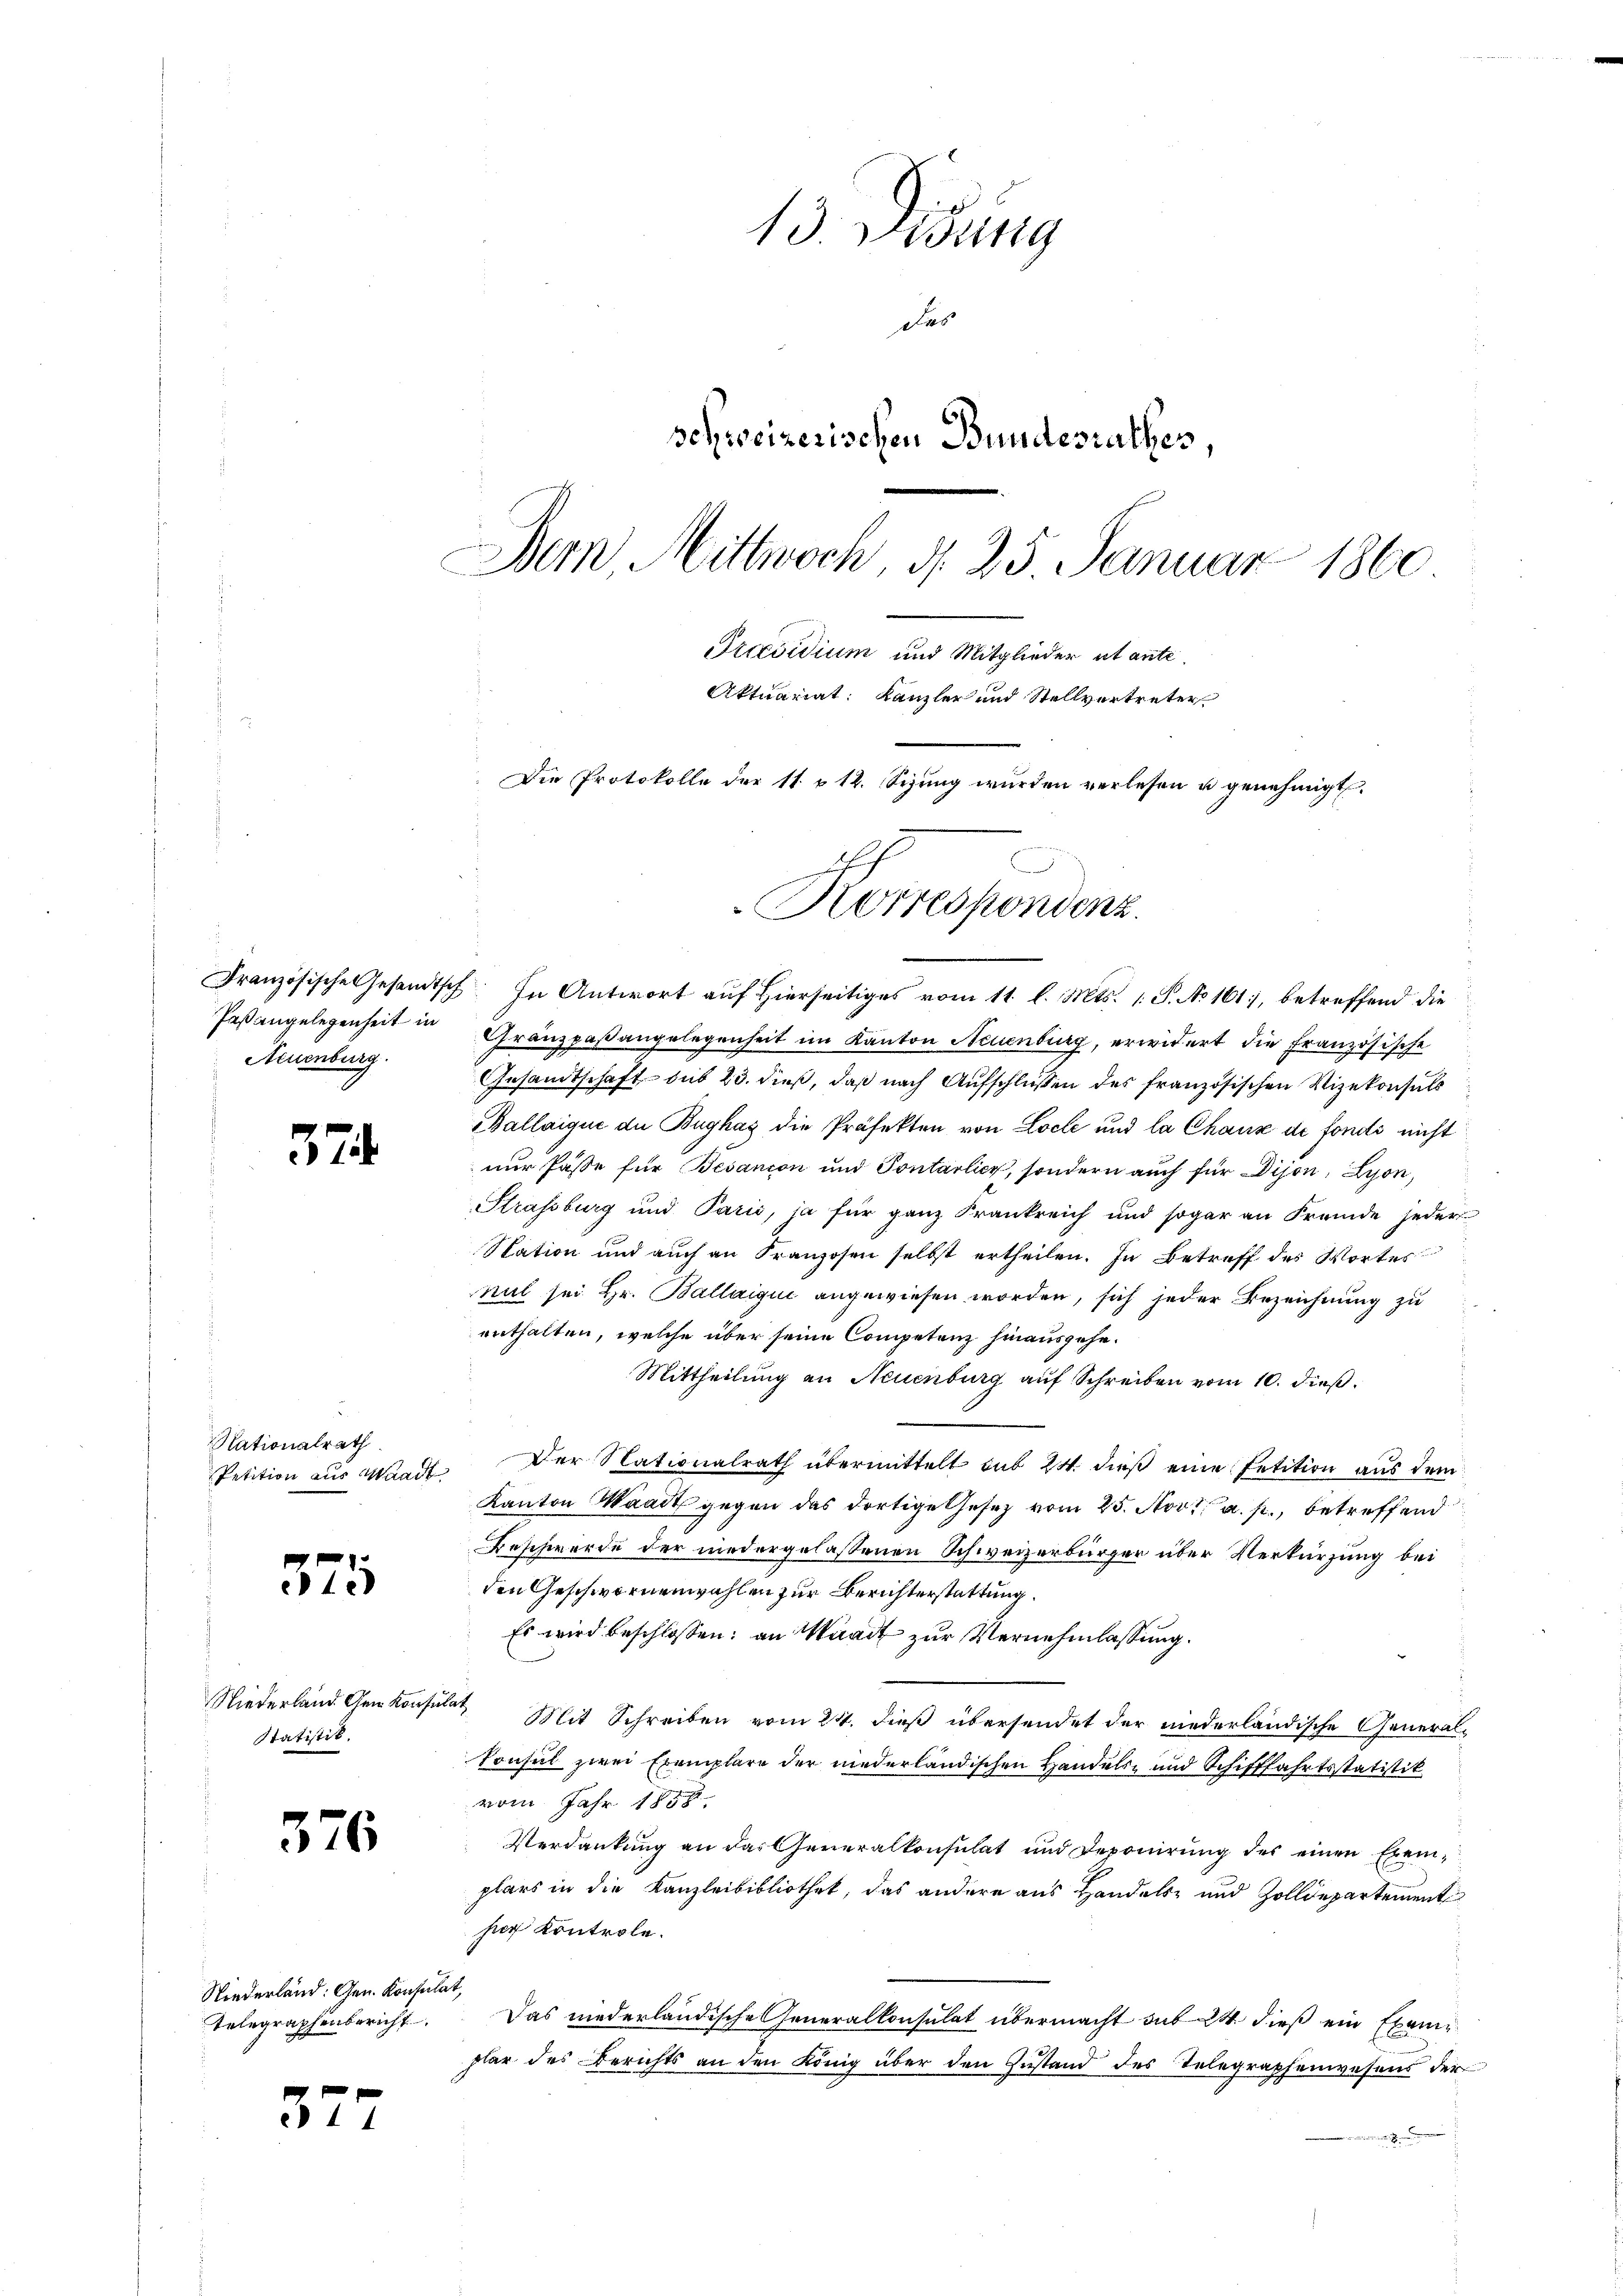
Französische Gesandtsch
Paßangelegenheit in
Neuenburg.

37

Nationalrath
Petition aus Waadt

375

Niederland. Gem. Konse
Statiert.

376

Niederland: Gen. Konsula
telegraphenbericht.

2

13 ang
das
schweizerischen Bundesrathes,
Dem Mittwoch d. 25. Januar 1860
Preesidium und Mitglieder et ante¬
Aktuariat: Kanzler und Stellvertreter
Die Protokolle der 11 u 12. Sizŭng wurden verlesen u genehmigt.
E

Korrespondenz.

1. In Antwort auf Hierseitiges vom 11. l. Mts. 1 S. No 161, betreffend die
Gränzpaßangelegenheit im Kanton Neuenburg, erwidert die Französische
Gesandtschaft bis 23. dieß, daß nach Aufschlüßen des französischen Vizekonsuls
Ballaique de Bughag die Präfekten von Loche und la Chaux de fondi nicht
nur Pässe für Besançon und Pontarlich, sondern auch für Dijon, Lyon,
Strassburg und Paris, ja für ganz Frankreich und sogar an Fremde jeder
Station und aŭch an Franzosen selbst ertheilen. In Betreff des Wortes
nil sei Hr. Ballaigić angewiesen worden, sich jeder Bezeichnung zu
enthalten, welche über seine Competenz hinausgehe.
Mittheilung an Neuenburg auf Schreiben vom 10. dieß.
Der Nationalrath übermittelt sub 24. dieß eine Petition aus dem
Kanton Waadt gegen das dortige Gesetz vom 25. Nov. a. p., betreffend
Beschwerde der niedergelassenen Schweizerbürger über Verkürzung bei
den Geschwornenwahlen zur Berichterstattung.
Es wird beschlossen: an Waadt zur Vernehmlassung.
at
Mit Schreiben vom 24. dieß übersendet der niederländische General¬
Consul zwei Exemplare der niederländischen Handels- und Schifffahrtsstatistik
vom Jahr 1888
Verdankung an das Generalkonsulat und Deponirung des einen Exemplars in die Kanzleibibliothek, das andere aus Handels- und Zolldepartement
hier Kontrole.
Das niederländische Generalkonsulat übermacht sub 24 dieß ein Exemplar des Berichts an den König über den Zustand des Telegraphenwesens der
2